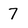
Character: 7